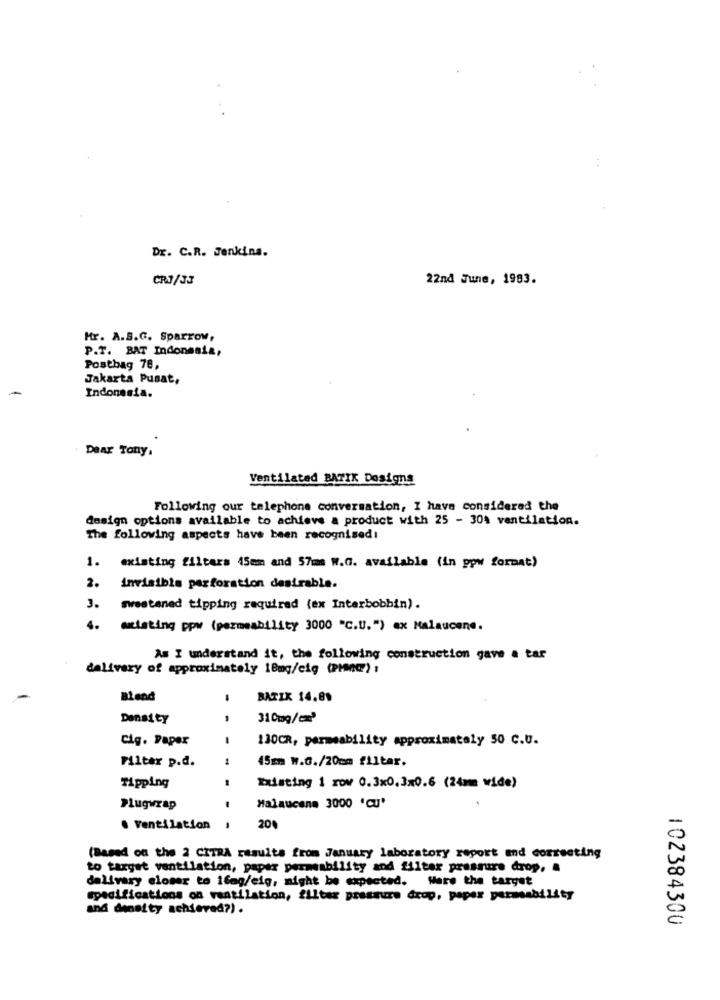
Dr. C.R. Jenkins.
CRJ/33
22nd June, 1983.
Hr. A.S.G. Sparrow,
P.T. BAT Indonesia,
Postbag 78,
Jakarta Pusat,
Indonesia.
Dear Tony,
Ventilated BATIK Dosigns
Following our telephone conversation, I have considered the
design options available to achieve a product with 25 - 30% ventilation.
The following aspects have been recognised:
1. existing filters 45m and 57mm W.G. available (in pow format)
2.
invisible perforation desirable.
J.
sweetened tipping required (ex Interbobbin).
4.
existing ppw (permeability 3000 "C.U.") ax Malaucene.
As I understand it, the following construction gave a tar
delivery of approximately 18mg/cig (PHMQ) :
Blend
BATIK 14.89
Density
,
31 0mg/ce3
Cig. Paper
130CR, permeability approximately 50 C.U.
Filter p.d.
45mm W.G./20mm f11tar.
Tipping
Existing 1 row 0.3x0.3x0.6 (24mm wide)
Plugwrap
Malaucena 3000 'C'
. Ventilation
200
(Based on the 2 CITRA results from January laboratory report and correcting
to target ventilation, paper permeability and filter pressure drop. .
delivery closer to 16ag/eig, might be expected. Were the target
specifications on ventilation, filter pressure drop, paper permeability
and density achieved?).
102384300